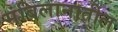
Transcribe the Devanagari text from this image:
संबिलानातील